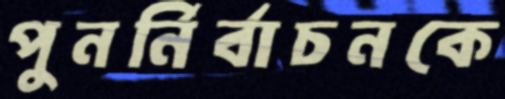
পুনর্নির্বাচনকে